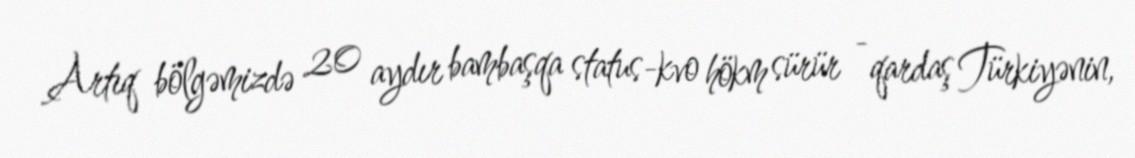
Artıq bölgəmizdə 20 aydır bambaşqa status-kvo hökm sürür - qardaş Türkiyənin,